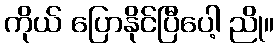
ကိုယ် ပြောနိုင်ပြီပေါ့ ညို။